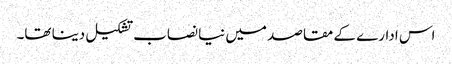
اس ادارے کے مقاصد میں نیا نصاب تشکیل دینا تھا۔